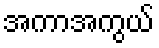
အကာအကွယ်